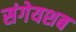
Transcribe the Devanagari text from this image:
संगेयशब